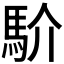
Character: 𩡺